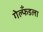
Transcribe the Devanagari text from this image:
गेल्फँडला